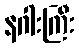
နဂါးကြီး